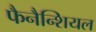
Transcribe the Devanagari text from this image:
फैनैन्शियल